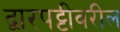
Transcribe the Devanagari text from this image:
द्वारपट्टीवरील